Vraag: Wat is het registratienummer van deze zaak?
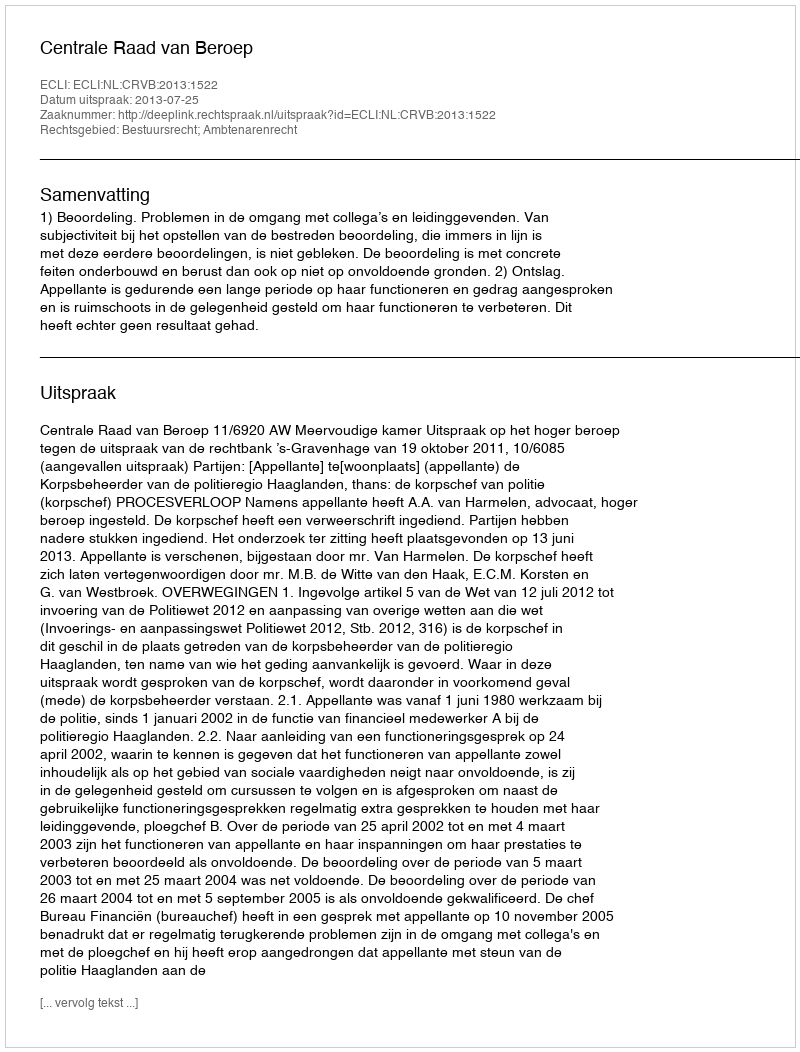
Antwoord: http://deeplink.rechtspraak.nl/uitspraak?id=ECLI:NL:CRVB:2013:1522